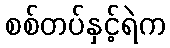
စစ်တပ်နှင့်ရဲက